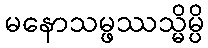
မနောသမ္ဖဿသ္မိမ္ပိ